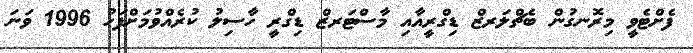
ފެށްޓެވީ މިރޮނގުން ބެޗްލަރޒް ޑިގްރީއާއި މާސްޓަރޒް ޑިގްރީ ހާސިލު ކުރެއްވުމަށްފަހު 1996 ވަނަ